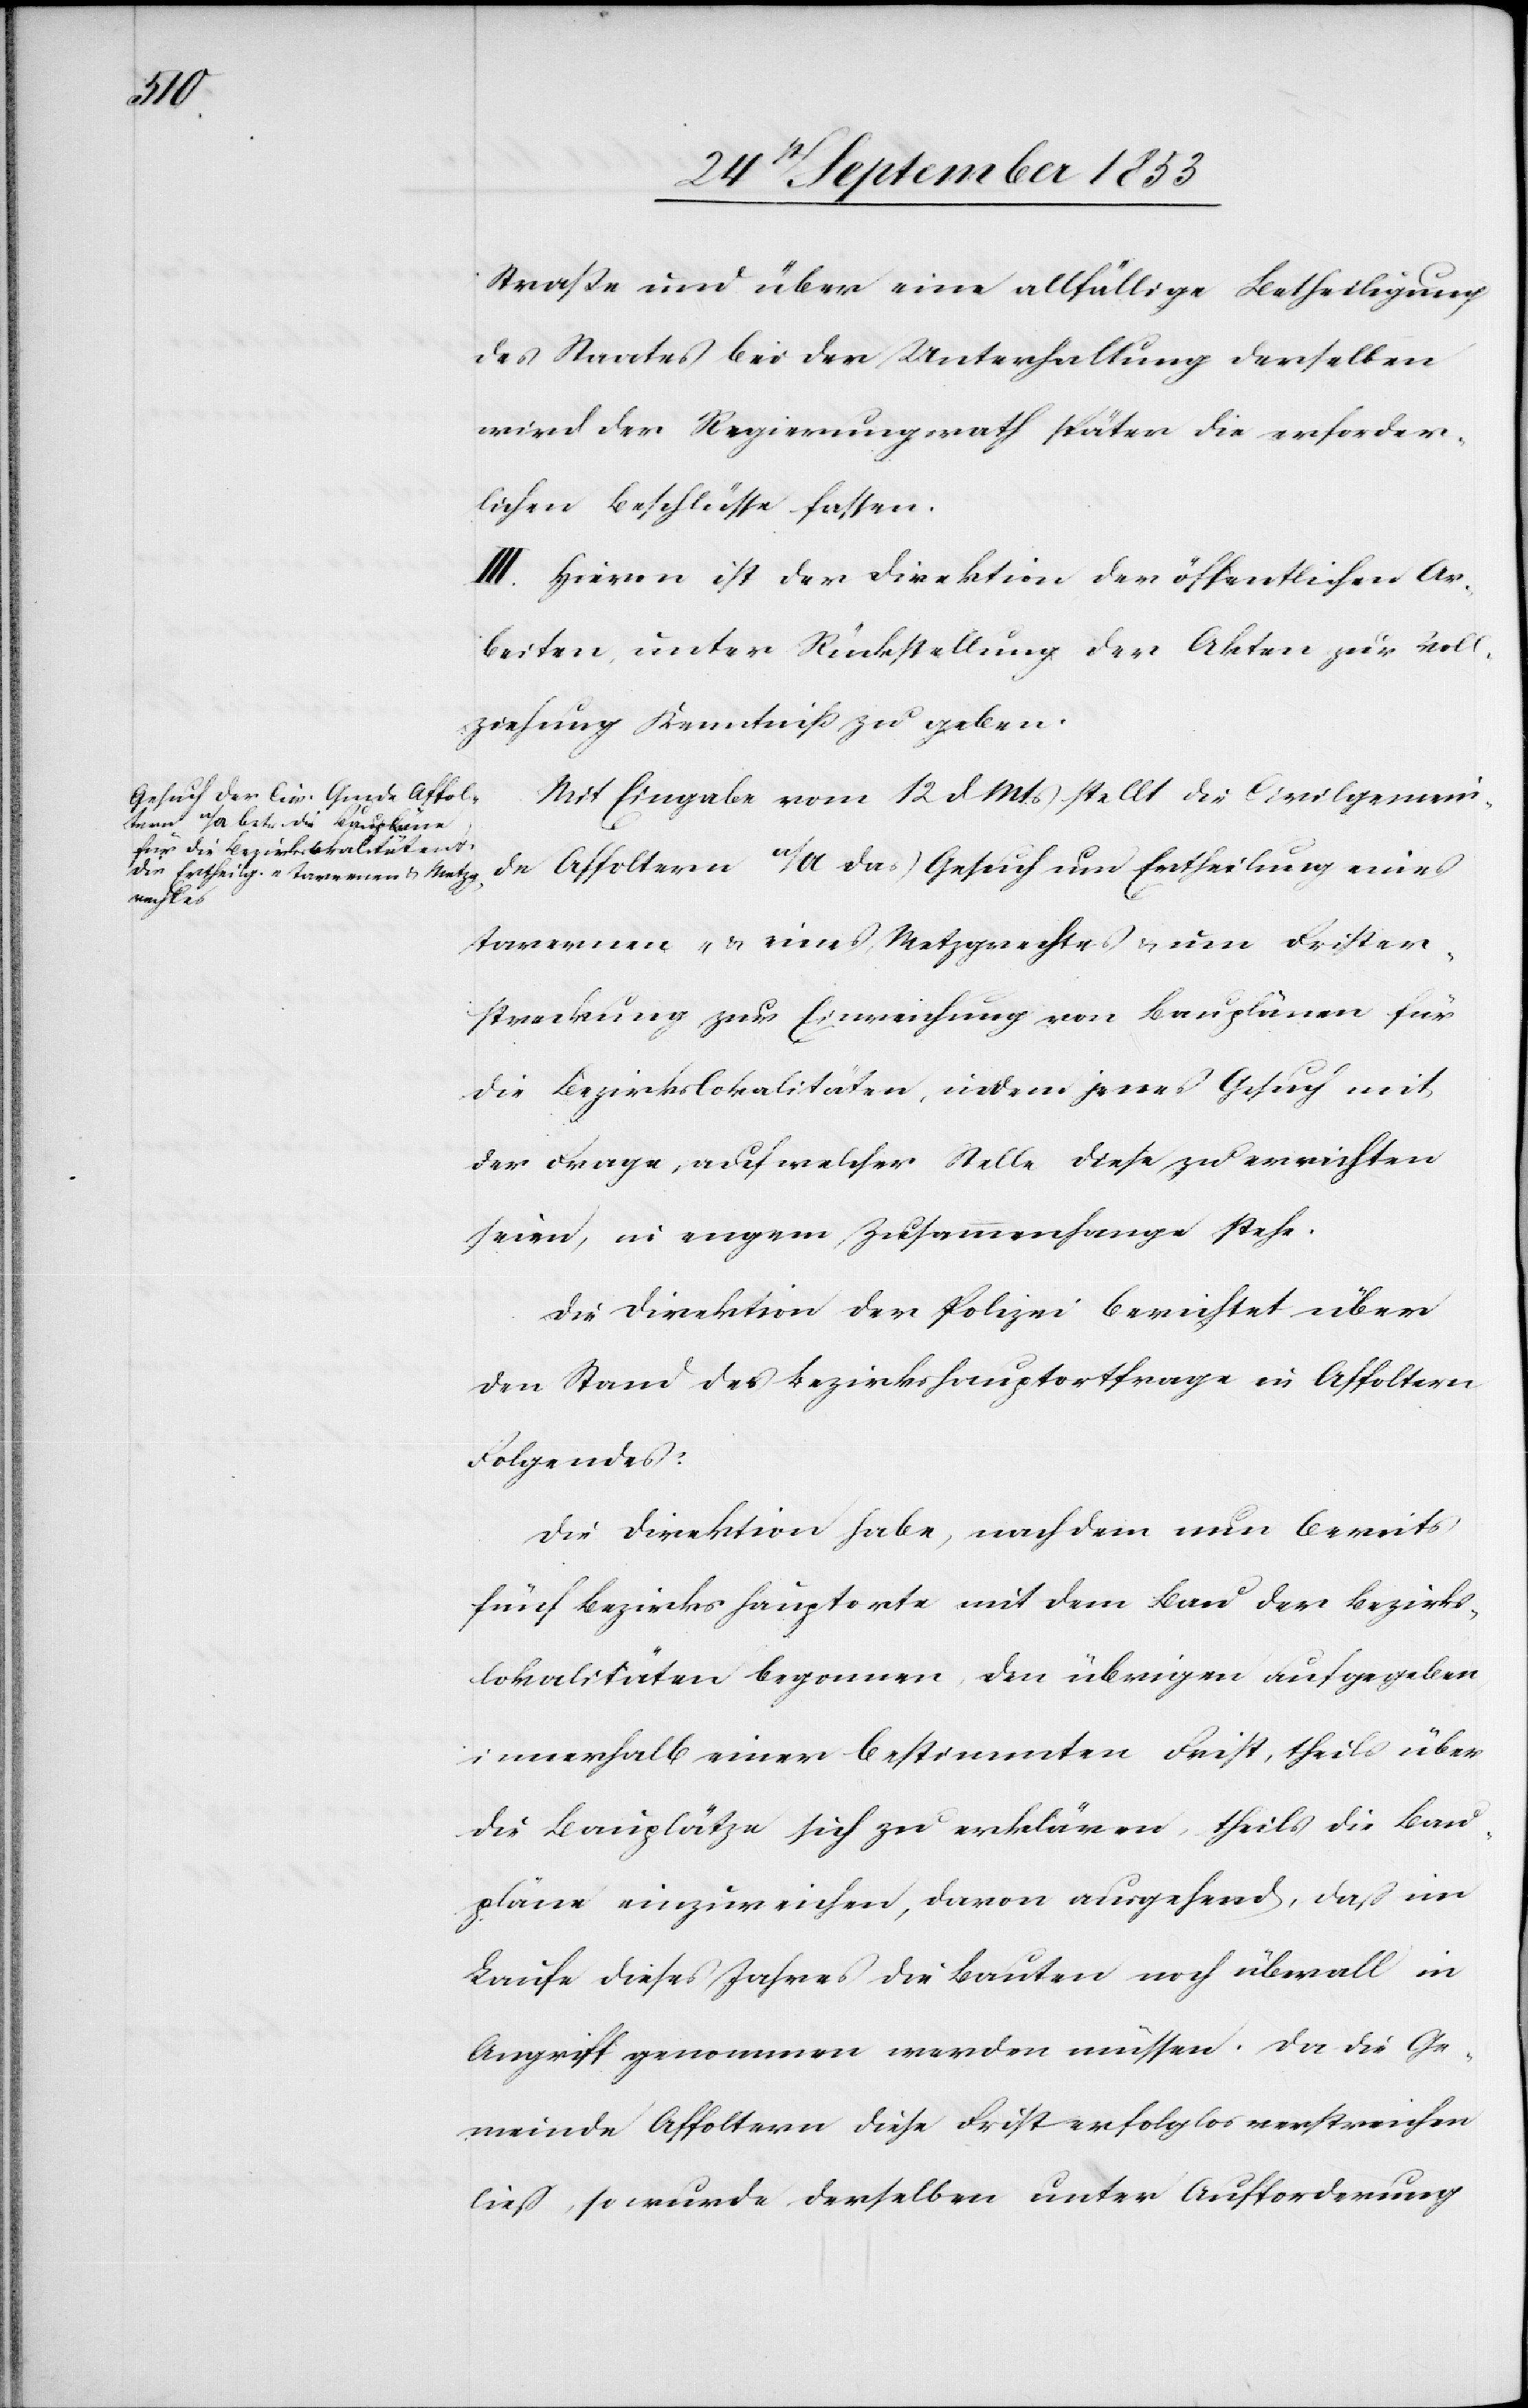
Straße und über eine allfällige Betheiligung
des Staates bei der Unterhaltung derselben
wird der Regierungsrath später die erforder¬
lichen Beschlüsse fassen.
III. Hievon ist der Direktion der öffentlichen Ar¬
beiten unter Rückstellung der Akten zur Voll¬
ziehung Kenntniß zu geben.
Mit Eingabe vom 12 d. Mts. stellt die Civilgemein¬
de Affoltern a/A das Gesuch um Ertheilung eines
Tavernen- u. eines Metzgrechtes u. um Frister¬
streckung zur Einreichung von Bauplänen für
die Bezirkslokalitäten, indem jenes Gesuch mit
der Frage, auf welcher Stelle diese zu errichten
seien, in engem Zusammenhange stehe.
Die Direktion der Polizei berichtet über
den Stand der Bezirkshauptortfrage in Affoltern
Folgendes:
Die Direktion habe, nachdem nun bereits
fünf Bezirkshauptorte mit dem Bau der Bezirks¬
lokalitäten begonnen, den übrigen aufgegeben
innerhalb einer bestimmten Frist, theils über
die Bauplätze sich zu erklären, theils die Bau¬
pläne einzureichen, davon ausgehend, daß im
Laufe dieses Jahres die Bauten noch überall in
Angriff genommen werden müssen. Da die Ge¬
meinde Affoltern diese Frist erfolglos verstreichen
ließ, so wurde derselben unter Aufforderung